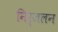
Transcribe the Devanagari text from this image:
निर्जलन